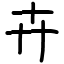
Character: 卉